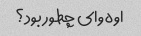
اوه وای چطور بود؟